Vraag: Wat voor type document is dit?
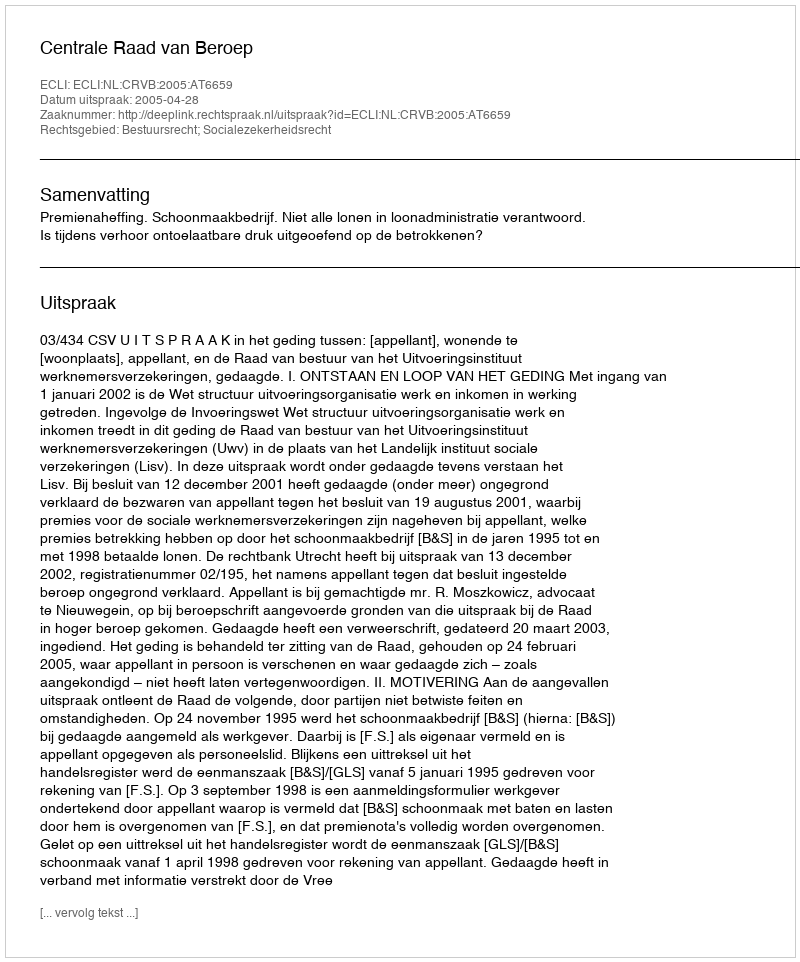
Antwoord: Uitspraak